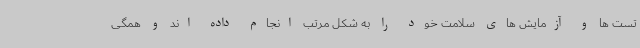
تست ها و آزمایش های سلامت خود را به شکل مرتب انجام داده اند و همگی